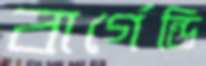
বার্গেন্ডি